Annual report of the Punjab Veterinary College and of the Civil Veterinary Department, Punjab - 1920-1925
Year: 1920
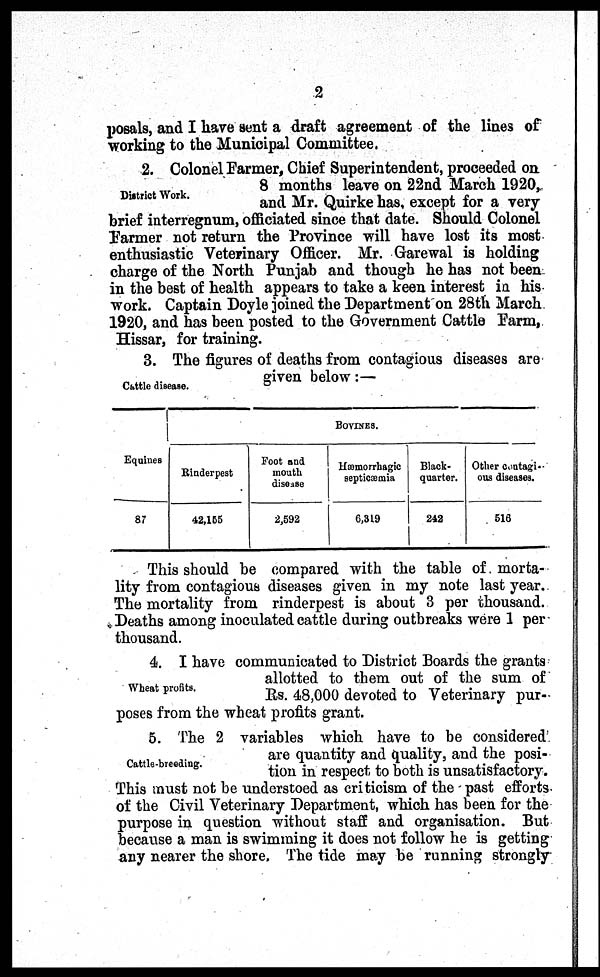
2
posals, and I have sent a draft agreement of the lines of
working to the Municipal Committee.
District Work.
Cattle disease.
2. Colonel Farmer, Chief Superintendent, proceeded on
8 months leave on 22nd March 1920,
and Mr. Quirke has, except for a very
brief interregnum, officiated since that date. Should Colonel
Farmer not return the Province will have lost its most
enthusiastic Veterinary Officer. Mr. Garewal is holding
charge of the North Punjab and though he has not been
in the best of health appears to take a keen interest in his
work. Captain Doyle joined the Department on 28th March
1920, and has been posted to the Government Cattle Farm,
Hissar, for training.
3. The figures of deaths from contagious diseases are
given below :—
BOVINES.
Equines
87
Rinderpest
42,155
Foot and
mouth
disease
2,592
Hæmorrhagic
septicæmia
6,319
Black¬
quarter.
242
Other contagi¬
ous diseases.
516
This should be compared with the table of morta-
lity from contagious diseases given in my note last year.
The mortality from rinderpest is about 3 per thousand.
Deaths among inoculated cattle during outbreaks were 1 per
thousand.
Wheat profits.
4. I have communicated to District Boards the grants
allotted to them out of the sum of
Rs. 48,000 devoted to Veterinary pur-
poses from the wheat profits grant.
Cattle-breeding.
5. The 2 variables which have to be considered
are quantity and quality, and the posi-
tion in respect to both is unsatisfactory.
This must not be understoed as criticism of the past efforts
of the Civil Veterinary Department, which has been for the
purpose in question without staff and organisation. But
because a man is swimming it does not follow he is getting
any nearer the shore. The tide may be running strongly